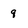
Character: 9